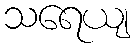
သရေယျ